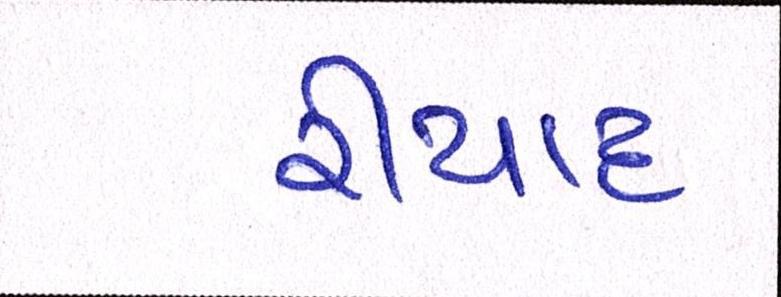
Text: રીયાદ